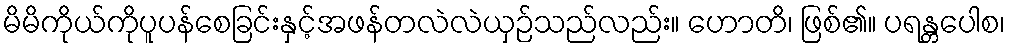
မိမိကိုယ်ကိုပူပန်စေခြင်းနှင့်အဖန်တလဲလဲယှဉ်သည်လည်း။ ဟောတိ၊ ဖြစ်၏။ ပရန္တပေါစ၊